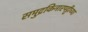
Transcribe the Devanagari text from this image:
समुद्रकिनारपट्टीच्या